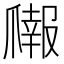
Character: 𬋳